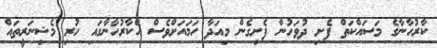
ކާރުހާނާގެ މަސައްކަތް ފެށި ދުވަހުން ފެށިގެން މިއަދާ ހަމައަށްވެސް އެކާރުހާނާގައި ހުރި މެޝިނަރީތައް